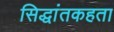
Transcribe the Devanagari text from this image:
सिद्धांतकहता